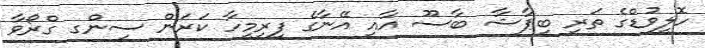
ހޮލީވުޑްގެ ތަރި ބިޕާޝާ ބާސޫ އާއި އޭނާގެ ފިރިމީހާ ކަރަން ސިންގ ގްރޯވާ